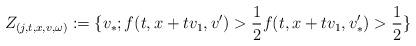
LaTeX: \begin{align*}Z_{(j,t,x,v,\omega )}:= \{v_*;f(t,x+tv_1,v')>\frac{1}{2}f(t,{x}+t{v}_1,v'_*)>\frac{1}{2}\}\end{align*}